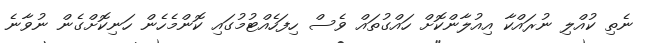
ނެތި ކުއްލި ނުރައްކާ އިއުލާންކޮށް ހައްގުތައް ވެސް ހިފަހެއްޓުމުގައި ކޮންމެހެން ހަނިކޮށްގެން ނުވާނެ